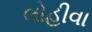
લોહીવા